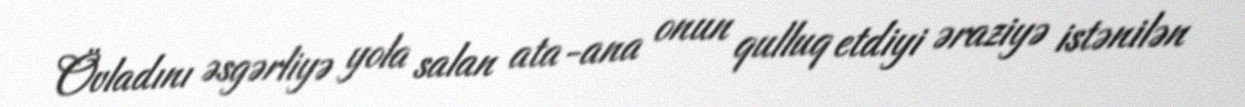
Övladını əsgərliyə yola salan ata-ana onun qulluq etdiyi əraziyə istənilən